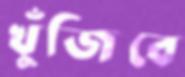
খুঁজিবে